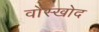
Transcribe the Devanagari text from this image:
वोस्खोद